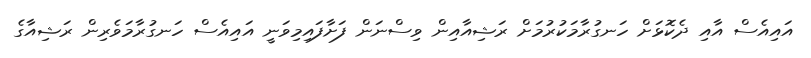
އައިއެސް އާއި ދެކޮޅަށް ހަނގުރާމަކުރުމަށް ރަޝިއާއިން ވިސްނަން ފަށާފައިމިވަނީ އައިއެސް ހަނގުރާމަވެރިން ރަޝިއާގެ